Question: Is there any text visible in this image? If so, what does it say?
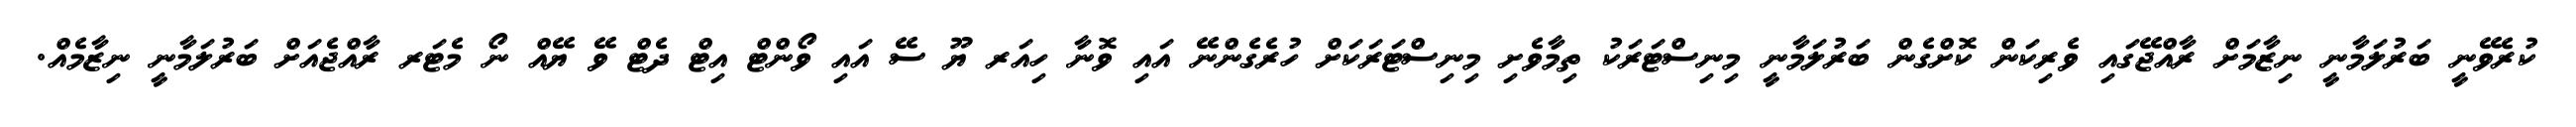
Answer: ކުރެވޭނީ ބަރުލަމާނީ ނިޒާމަށް ރާއްޖޭގައި ވެރިކަން ކޮށްގެން ބަރުލަމާނީ މިނިސްޓަރަކު ތިމާވެށި މިނިސްޓަރަކަށް ހުރެގެންނޭ އައި ވޮނާ ހިއަރ ޔޫ ސޭ އައި ވޯންޓް އިޓް ދެޓް ވޭ ޔޭއް ނޯ މެޓަރ ރާއްޖެއަށް ބަރުލަމާނީ ނިޒާމެއް.